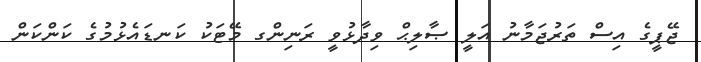
ޖޭޕީގެ އިސް ތަރުޖަމާނު އަލީ ޞާލިޙް ވިދާޅުވީ ރަނިންގ މޭޓަކު ކަނޑައެޅުމުގެ ކަންކަން